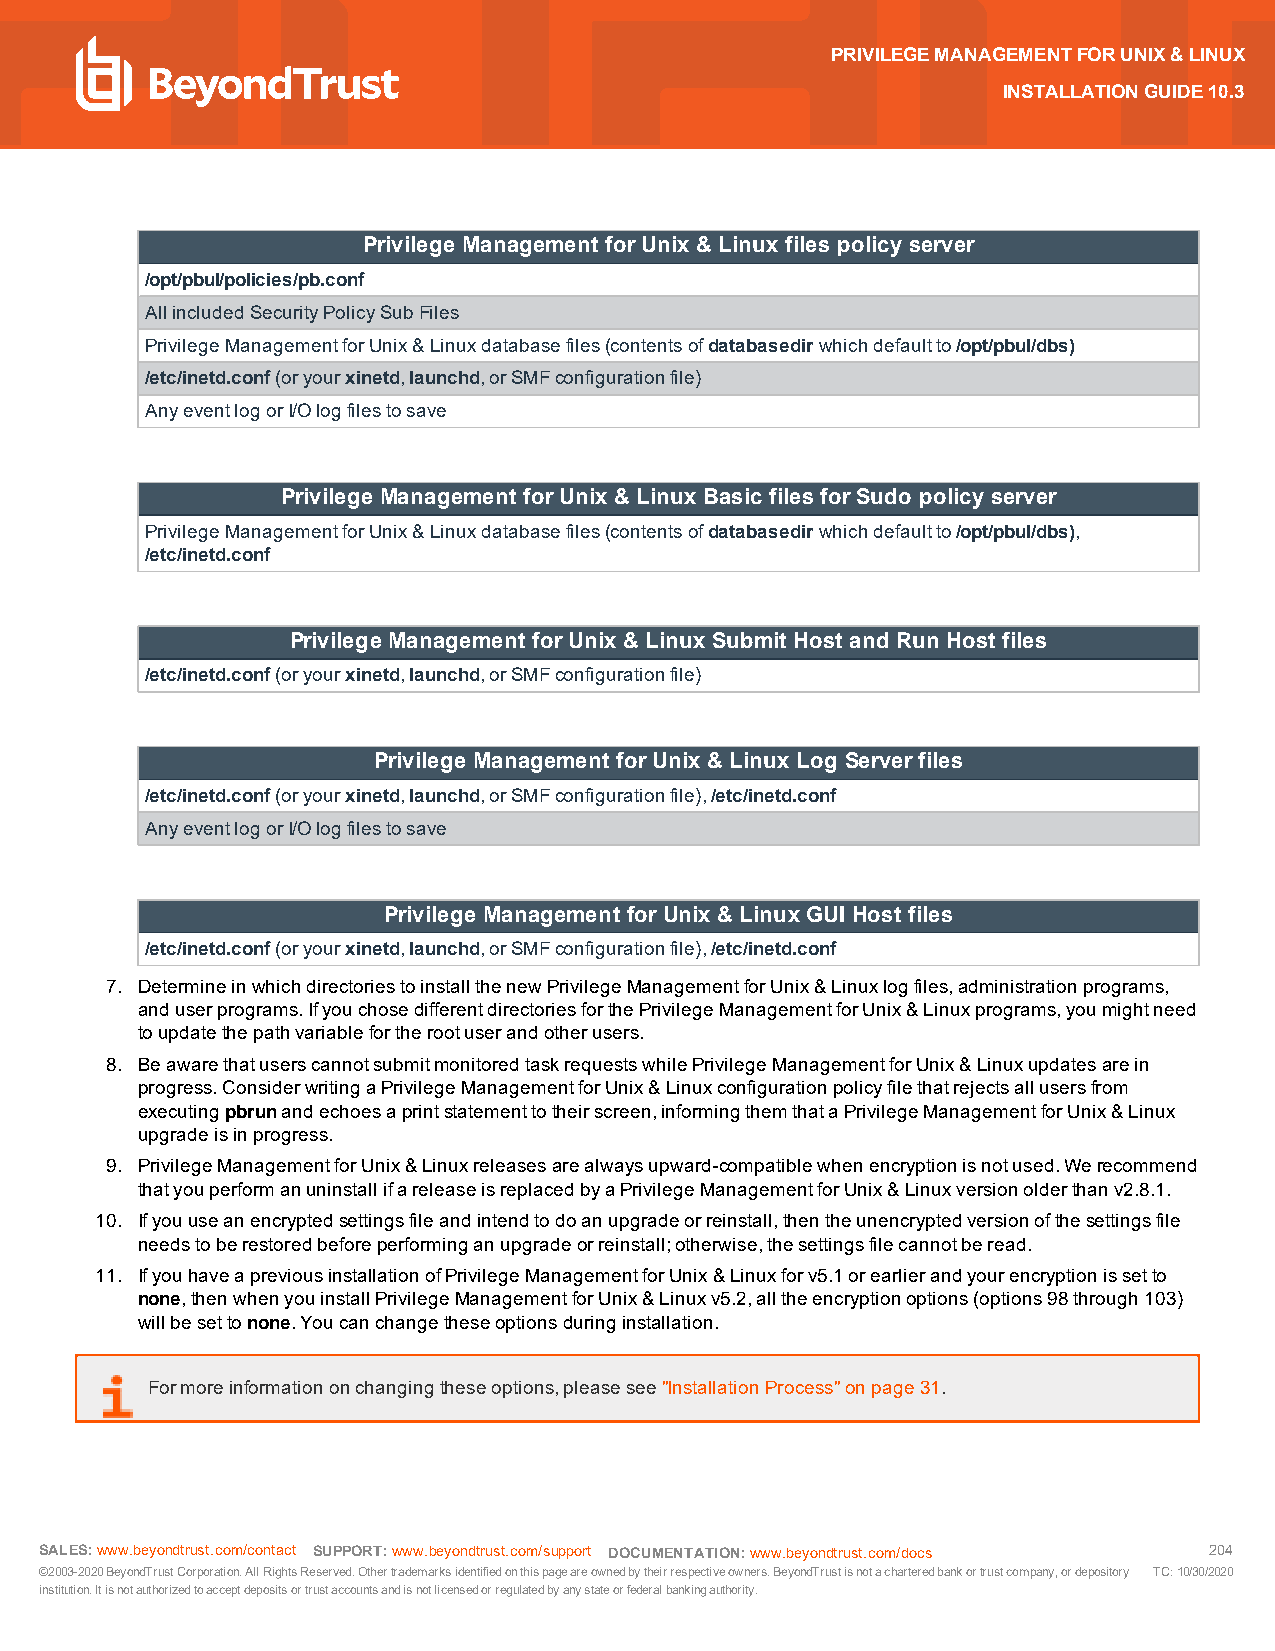
PRIVILEGEMANAGEMENTFORUNIX&LINUX
 INSTALLATIONGUIDE10.3
 Privilege Management forUnix &Linux files policy server
 /opt/pbul/policies/pb.conf
 AllincludedSecurityPolicySubFiles
 PrivilegeManagementforUnix&Linuxdatabasefiles(contentsofdatabasedirwhichdefaultto/opt/pbul/dbs)
 /etc/inetd.conf(oryourxinetd,launchd,orSMFconfigurationfile)
 AnyeventlogorI/Ologfilestosave
 Privilege Management forUnix &Linux Basic files forSudo policy server
 PrivilegeManagementforUnix&Linuxdatabasefiles(contentsofdatabasedirwhichdefaultto/opt/pbul/dbs),
 /etc/inetd.conf
 Privilege Management forUnix &Linux Submit Host and Run Host files
 /etc/inetd.conf(oryourxinetd,launchd,orSMFconfigurationfile)
 Privilege Management forUnix &Linux Log Serverfiles
 /etc/inetd.conf(oryourxinetd,launchd,orSMFconfigurationfile),/etc/inetd.conf
 AnyeventlogorI/Ologfilestosave
 Privilege Management forUnix &Linux GUI Host files
 /etc/inetd.conf(oryourxinetd,launchd,orSMFconfigurationfile),/etc/inetd.conf
 7. DetermineinwhichdirectoriestoinstallthenewPrivilegeManagementforUnix&Linuxlogfiles,administrationprograms,
 anduserprograms.IfyouchosedifferentdirectoriesforthePrivilegeManagementforUnix&Linuxprograms,youmightneed
 toupdatethepathvariablefortherootuserandotherusers.
 8. BeawarethatuserscannotsubmitmonitoredtaskrequestswhilePrivilegeManagementforUnix&Linuxupdatesarein
 progress.ConsiderwritingaPrivilegeManagementforUnix&Linuxconfigurationpolicyfilethatrejectsallusersfrom
 executingpbrunandechoesaprintstatementtotheirscreen,informingthemthataPrivilegeManagementforUnix&Linux
 upgradeisinprogress.
 9. PrivilegeManagementforUnix&Linuxreleasesarealwaysupward-compatiblewhenencryptionisnotused.Werecommend
 thatyouperformanuninstallifareleaseisreplacedbyaPrivilegeManagementforUnix&Linuxversionolderthanv2.8.1.
 10. Ifyouuseanencryptedsettingsfileandintendtodoanupgradeorreinstall,thentheunencryptedversionofthesettingsfile
 needstoberestoredbeforeperforminganupgradeorreinstall;otherwise,thesettingsfilecannotberead.
 11. IfyouhaveapreviousinstallationofPrivilegeManagementforUnix&Linuxforv5.1orearlierandyourencryptionissetto
 none,thenwhenyouinstallPrivilegeManagementforUnix&Linuxv5.2,alltheencryptionoptions(options98through103)
 willbesettonone.Youcanchangetheseoptionsduringinstallation.
 Formoreinformationonchangingtheseoptions,pleasesee"InstallationProcess"onpage31.
 SALES:www.beyondtrust.com/contact SUPPORT:www.beyondtrust.com/support DOCUMENTATION:www.beyondtrust.com/docs 204
 ©2003-2020BeyondTrustCorporation.AllRightsReserved.Othertrademarksidentifiedonthispageareownedbytheirrespectiveowners.BeyondTrustisnotacharteredbankortrustcompany,ordepository TC:10/30/2020
 institution.Itisnotauthorizedtoacceptdepositsortrustaccountsandisnotlicensedorregulatedbyanystateorfederalbankingauthority.